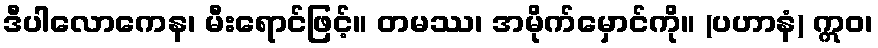
ဒီပါလောကေန၊ မီးရောင်ဖြင့်။ တမဿ၊ အမိုက်မှောင်ကို။ (ပဟာနံ) ဣဝ၊